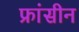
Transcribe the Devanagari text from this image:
फ्रांसीन